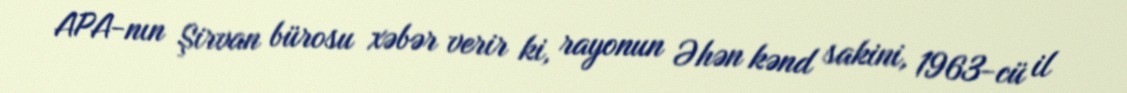
APA-nın Şirvan bürosu xəbər verir ki, rayonun Əhən kənd sakini, 1963-cü il